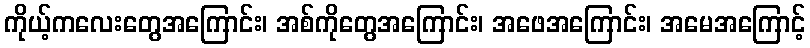
ကိုယ့်ကလေးတွေအကြောင်း၊ အစ်ကိုတွေအကြောင်း၊ အဖေအကြောင်း၊ အမေအကြောင့်